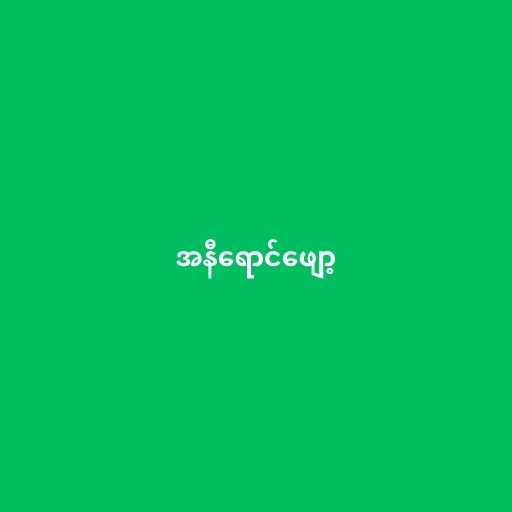
အနီရောင်ဖျော့